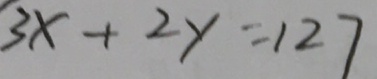
3 x + 2 y = 1 2 7